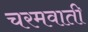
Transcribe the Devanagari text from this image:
चरमवाती